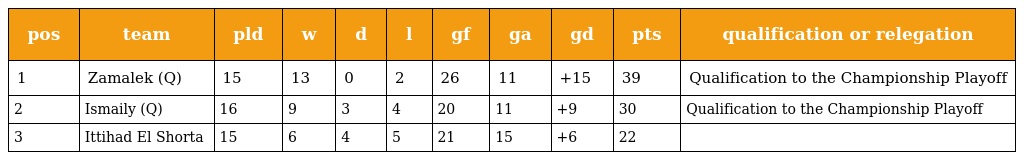
| pos | team | pld | w | d | l | gf | ga | gd | pts | qualification or relegation |
 | --- | --- | --- | --- | --- | --- | --- | --- | --- | --- | --- |
 | 1 | Zamalek (Q) | 15 | 13 | 0 | 2 | 26 | 11 | +15 | 39 | Qualification to the Championship Playoff |
 | 2 | Ismaily (Q) | 16 | 9 | 3 | 4 | 20 | 11 | +9 | 30 | Qualification to the Championship Playoff |
 | 3 | Ittihad El Shorta | 15 | 6 | 4 | 5 | 21 | 15 | +6 | 22 |  |